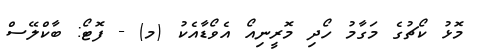
މޮޅު ކޯޗުގެ މަގާމު ހޯދި މޮރީނިއޯ އެވޯޑާއެކު (މ) - ފޮޓޯ: ބާކްލޭސް